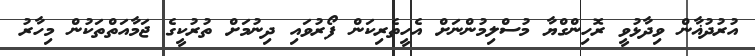
އުރުދުޣާން ވިދާޅުވީ ރޮހިންގްޔާ މުސްލިމުންނަށް އެހީތެރިކަން ފޯރުވައި ދިނުމަށް ތުރުކީގެ ޖަމާއަތްތަކުން މިހާރު